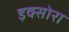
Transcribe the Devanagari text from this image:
इक्सोरा